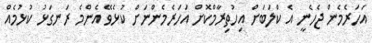
އަހަރެމެން ޖެހެނީ އެ ކްލަބަށް އިހުތިރާމްކޮށް އަހަރެމެންނަށް ކުޅެވޭ އެންމެ ރަނގަޅު ކުޅުމެއް